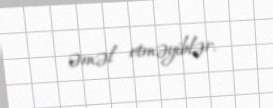
əməl etməyiblər.